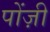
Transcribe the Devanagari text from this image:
पोंज़ी